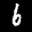
Label: 6